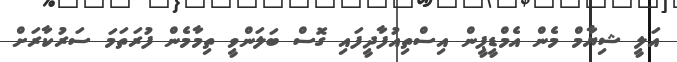
އަލީ ޝިޔާމް މެން އެމްޑީޕީން އިސްތިއުފާދީފައި ގޮސް ބަލަންވީ ތިމާމެން ފުރަތަމަ ސަރުކާރަށް